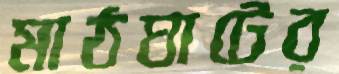
মাঠঘাটের